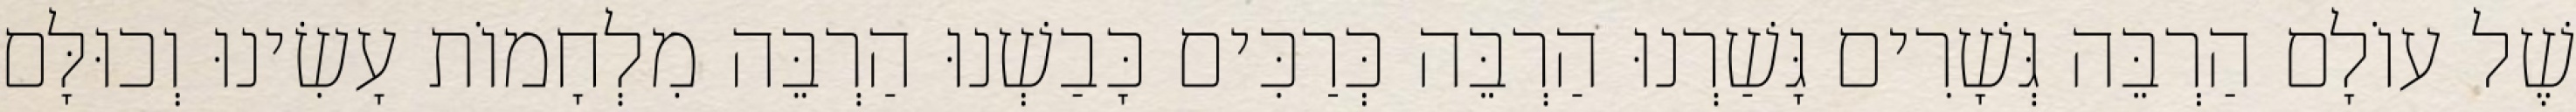
שֶׁל עוֹלָם הַרְבֵּה גְּשָׁרִים גָּשַׁרְנוּ הַרְבֵּה כְּרַכִּים כָּבַשְׁנוּ הַרְבֵּה מִלְחָמוֹת עָשִׂינוּ וְכוּלָּם